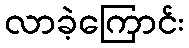
လာခဲ့ကြောင်း